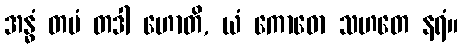
အန္ဓံ တမံ တဒါ ဟောတိ, ယံ ကောဓော သဟတေ နရံ။